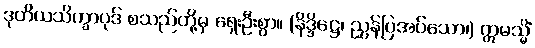
ဒုတိယသိက္ခာပုဒ် စသည်တို့မှ ရှေးဦးစွာ။ (နိဒ္ဒိဋ္ဌေ၊ ညွှန်ပြအပ်သော၊) ဣမသ္မိံ